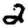
Digit: 2